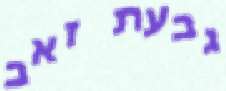
גבעת זאב